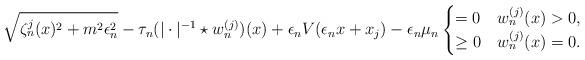
LaTeX: \begin{align*} \sqrt{\zeta_{n}^{j}(x)^{2}+m^{2}\epsilon_n^2}-\tau_{n}(|\cdot|^{-1}\star w_{n}^{(j)})(x)+\epsilon_{n}V(\epsilon_{n}x+x_{j})-\epsilon_{n}\mu_{n}\begin{cases}=0 & w_{n}^{(j)}(x)>0,\\\geq0 & w_{n}^{(j)}(x)=0.\end{cases}\end{align*}